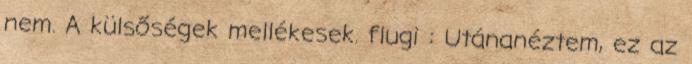
nem. A külsőségek mellékesek. flugi : Utánanéztem, ez az